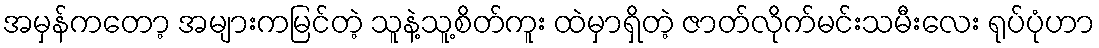
အမှန်ကတော့ အများကမြင်တဲ့ သူနဲ့သူ့စိတ်ကူး ထဲမှာရှိတဲ့ ဇာတ်လိုက်မင်းသမီးလေး ရုပ်ပုံဟာ